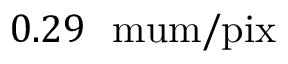
0 . 2 9 ~ \mathrm { { \ m u m / p i x } }